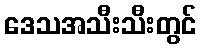
ဒေသအသီးသီးတွင်